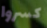
كسروا